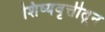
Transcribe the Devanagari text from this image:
शिष्यवृत्तीतून